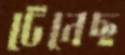
টেনেছ